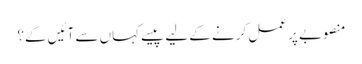
منصوبے پر عمل کرنے کے لیے پیسے کہاں سے آئیں گے؟